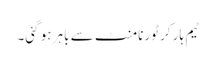
ٹیم ہار کر ٹورنامنٹ سے باہر ہو گئی۔